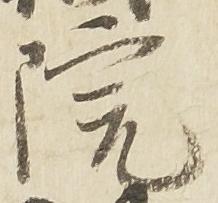
院